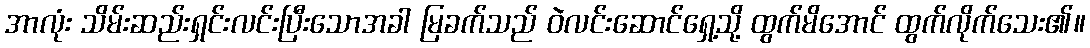
အာလုံး သိမ်းဆည်းရှင်းလင်းပြီးသောအခါ မြခက်သည် ဝဲလင်းဆောင်ရှေ့သို့ ထွက်မိအောင် ထွက်လိုက်သေး၏။